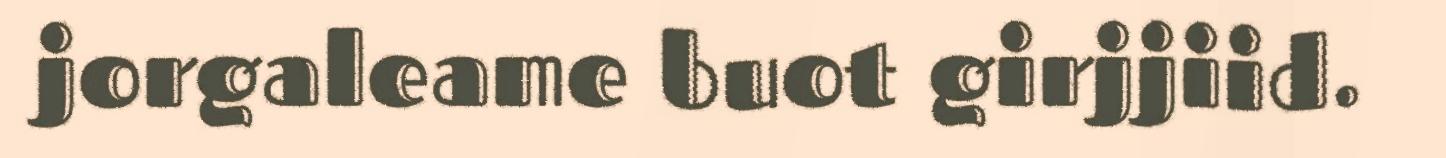
jorgaleame buot girjjiid.